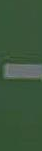
-